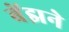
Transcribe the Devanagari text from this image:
बेंझने